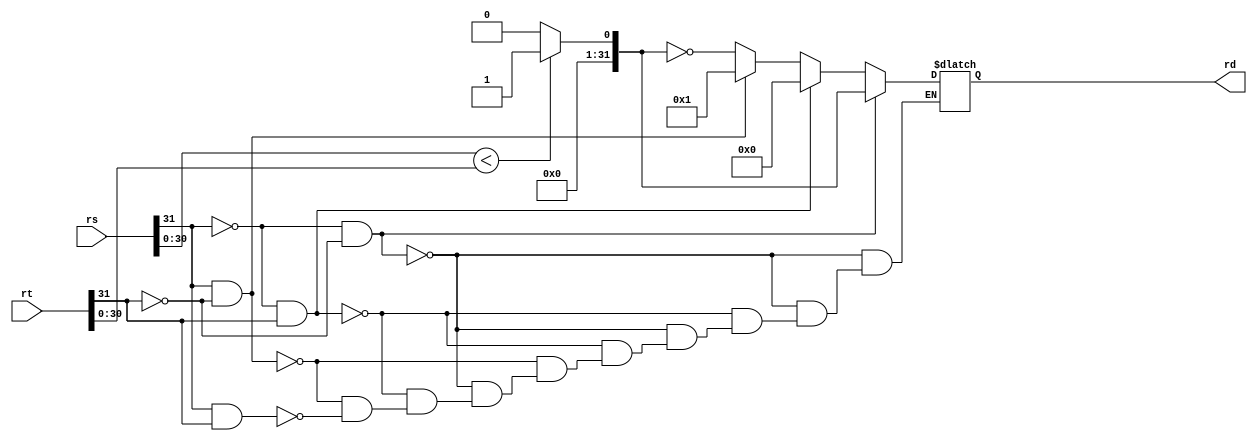
module slt(rs,rt,rd);
input [31:0] rs,rt;
output reg [31:0] rd;
reg [31:0] less;
always @* begin
if(rs[30:0]<rt[30:0]) less = 32'd1;
else less = 32'd0;

if(rs[31] == 0 && rt[31] == 0) rd = less;
else if(rs[31] == 0 && rt[31] == 1) rd = 32'd0;
else if(rs[31] == 1 && rt[31] == 0) rd = 32'd1;
else if(rs[31] == 1 && rt[31] == 1) rd = ~less;
end
endmodule